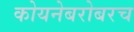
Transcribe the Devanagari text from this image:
कोयनेबरोबरच